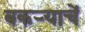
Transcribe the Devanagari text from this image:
बकर्‍याचें